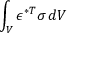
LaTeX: \int _ { V } { \boldsymbol { \epsilon } } ^ { * T } { \boldsymbol { \sigma } } \, d V